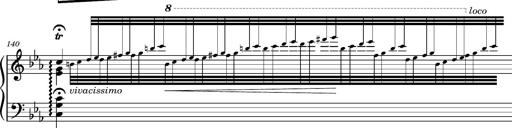
Title: Magyar rapszÃ³diÃ¡k
Composer: Franz Liszt